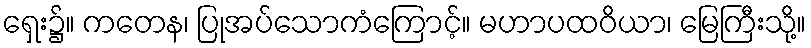
ရှေး၌။ ကတေန၊ ပြုအပ်သောကံကြောင့်။ မဟာပထဝိယာ၊ မြေကြီးသို့။